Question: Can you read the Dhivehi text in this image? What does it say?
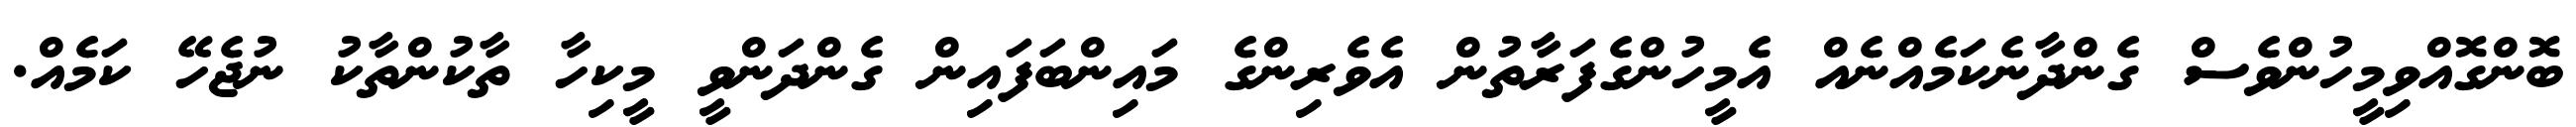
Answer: ބޮންގޮއްވިމީހުންވެސް ގެންދާނެކަމެއްނެއް އެމީހުންގެފަރާތުން އެވެރިންގެ މައިންބަފައިން ގެންދަންވީ މީކިހާ ތާކުންތާކު ނުޖެހޭ ކަމެއް.